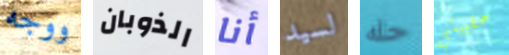
ووجه الذوبان أنا لسيد حله حقيبتي